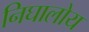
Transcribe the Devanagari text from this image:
निघालोय